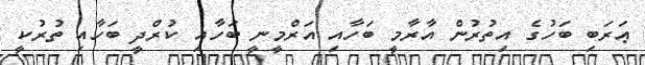
ޢަރަބި ބަހުގެ އިތުރުން އާރާމީ ބަހާއި އަރްމީނީ ބަހާއި ކުރްދީ ބަހާއި ތުރުކީ